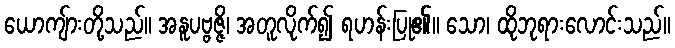
ယောကျ်ားတို့သည်။ အနူပဗ္ဗဇ္ဇိ၊ အတူလိုက်၍ ရဟန်းပြု၏။ သော၊ ထိုဘုရားလောင်းသည်။